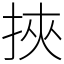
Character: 挾